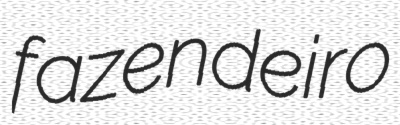
fazendeiro